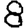
Digit: 8